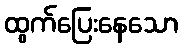
ထွက်ပြေးနေသော